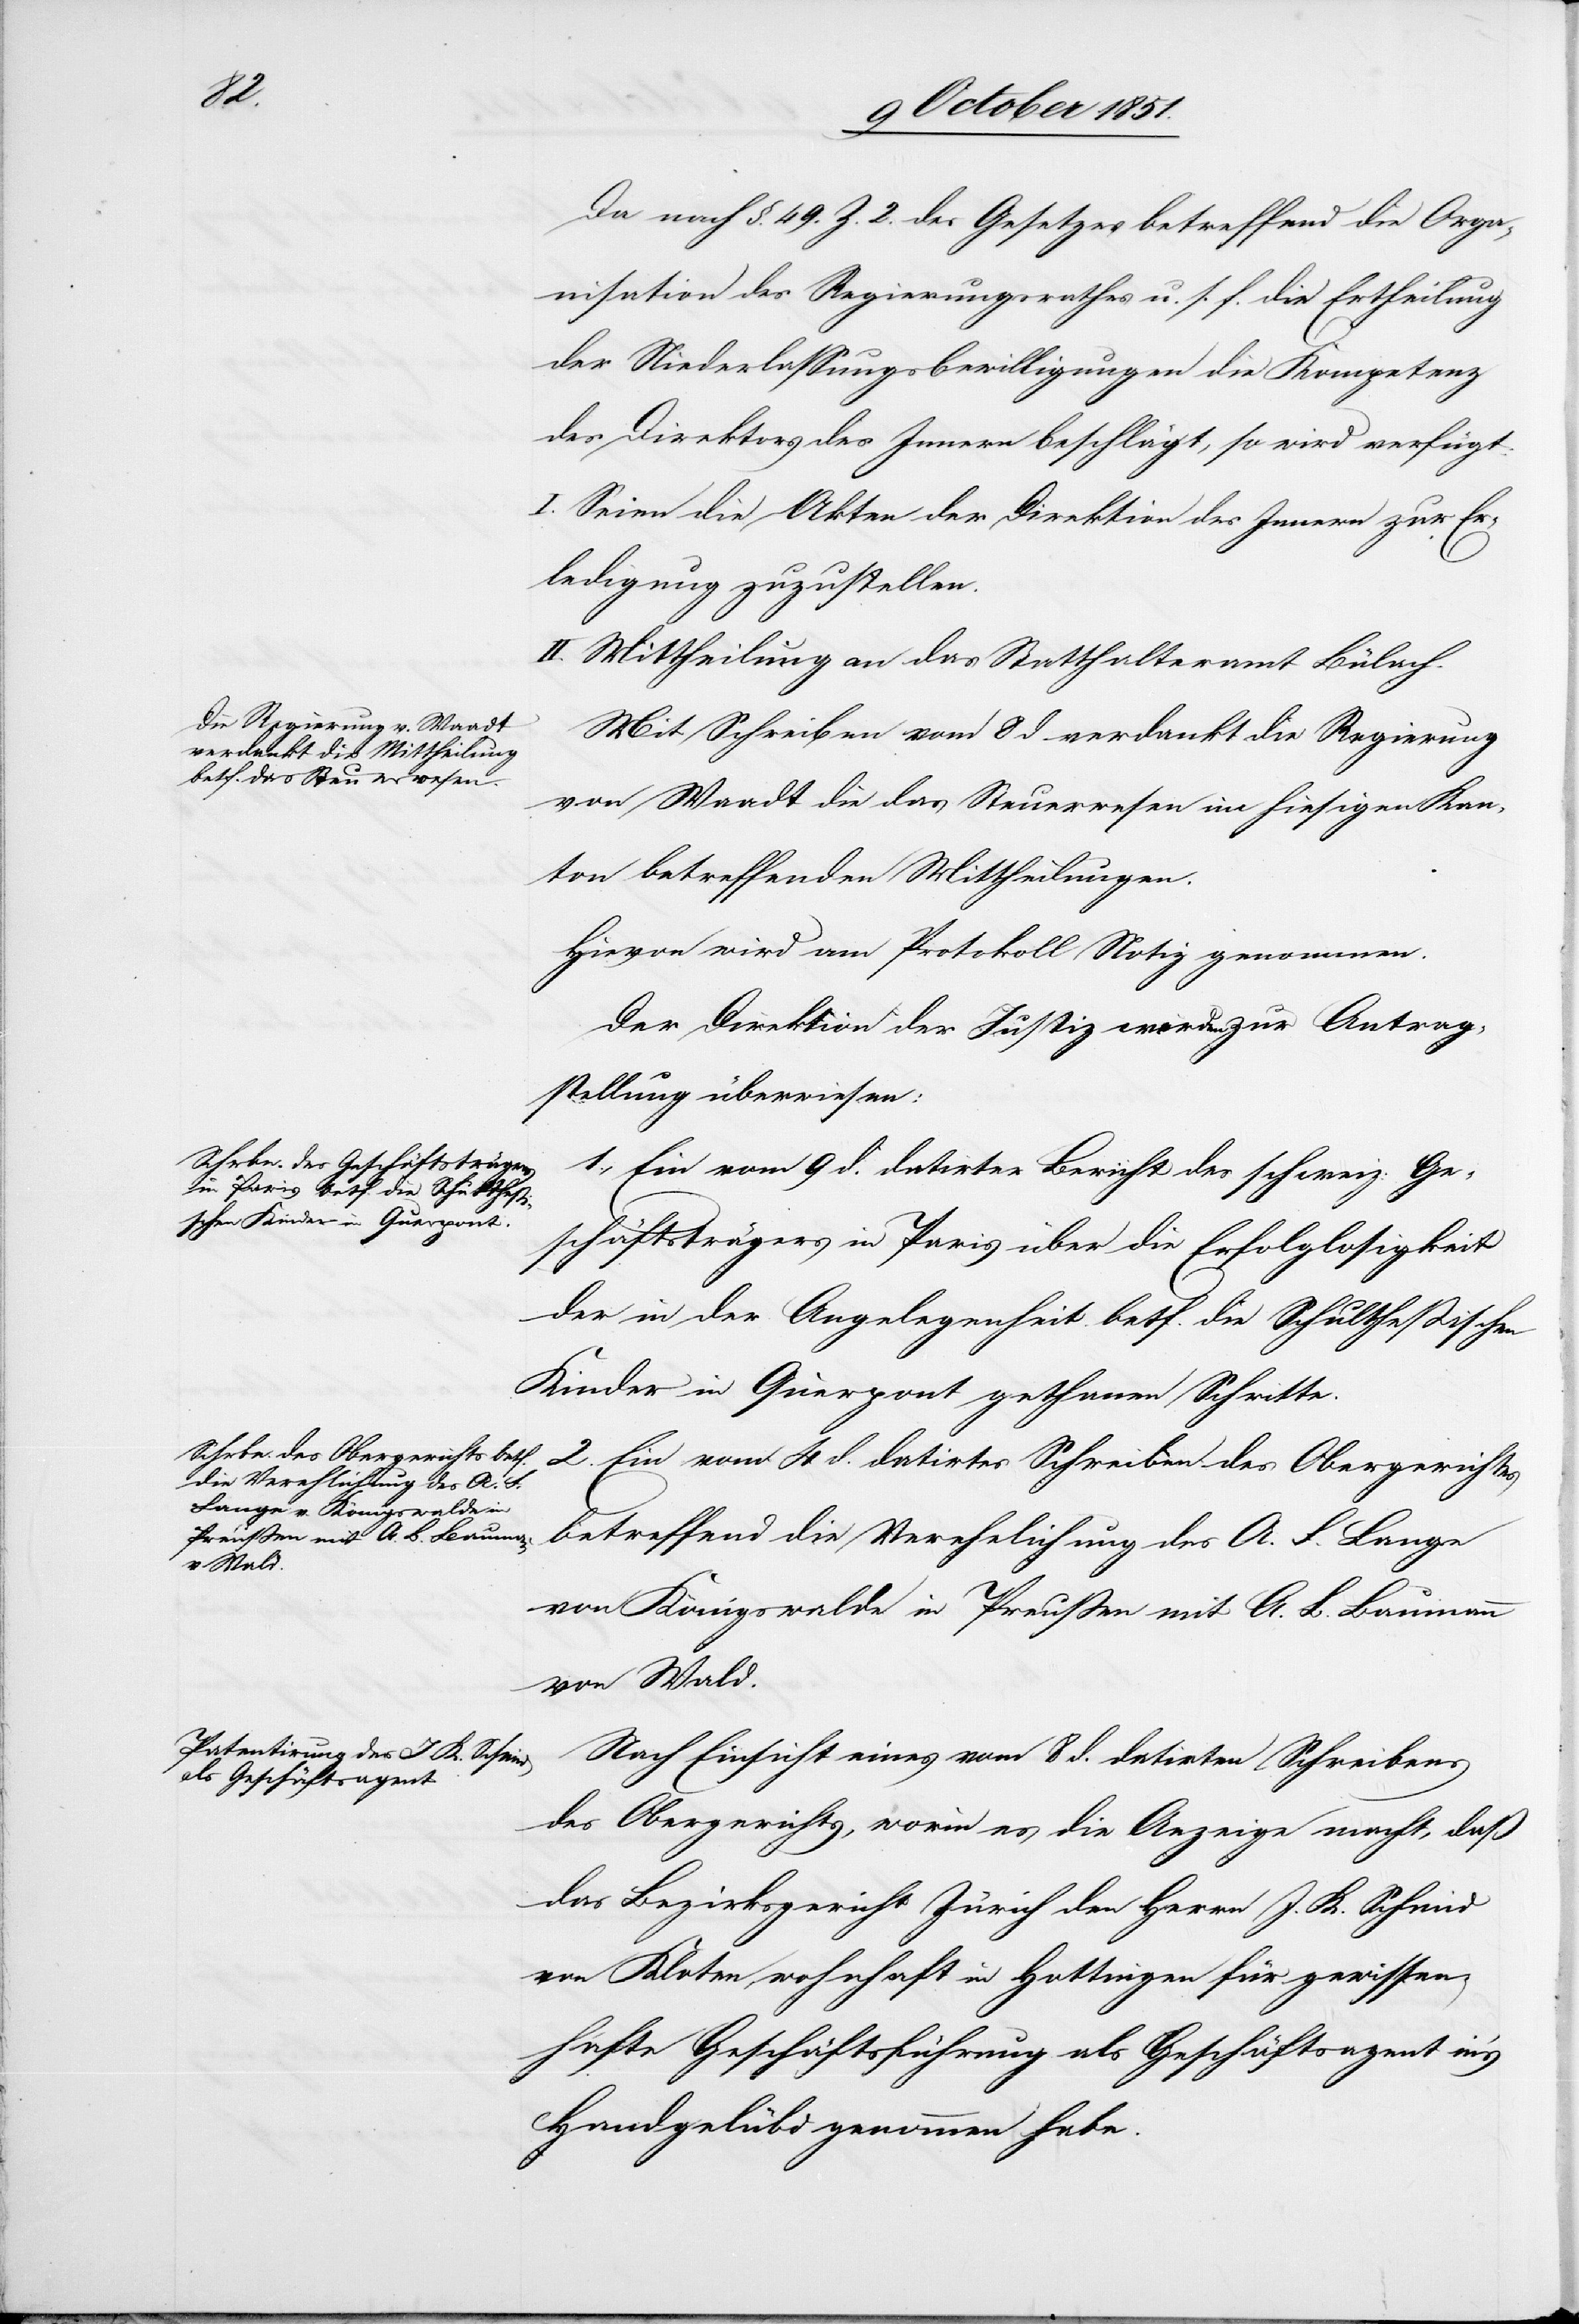
den
11. October 1851.]
Da nach §. 49. Z. 2. des Gesetzes betreffend die Orga¬
nisation des Regierungsrathes u. s. f. die Ertheilung
der Niederlassungsbewilligungen die Kompetenz
des Direktors des Innern beschlägt, so wird verfügt:
I. Seien die Akten der Direktion des Innern zur Er¬
ledigung zuzustellen.
II. Mittheilung an das Statthalteramt Bülach.
Mit Schreiben vom 8 d verdankt die Regierung
von Waadt die das Steuerwesen im hiesigen Kan¬
ton betreffenden Mittheilungen.
Hievon wird am Protokoll Notiz genommen.
Der Direktion der Justiz werden zur Antrag¬
stellung überwiesen:
1., Ein vom 9 d. datirter Bericht des schweiz: Ge¬
schäftsträgers in Paris über die Erfolglosigkeit
der in der Angelegenheit betf. die Schultheßischen
Kinder in Querpont gethanen Schritte.
2. Ein vom 4 d. datirtes Schreiben des Obergerichtes
betreffend die Verehelichung des A. F. Lange
von Königswalde in Preußen mit A. B. Baumann
von Wald.
Nach Einsicht eines vom 8 d. datirten Schreibens
des Obergerichts, worin es die Anzeige macht, daß
das Bezirksgericht Zürich den Herrn J. K. Schmid
von Kloten wohnhaft in Hottingen für gewissen¬
hafte Geschäftsführung als Geschäftsagent in’s
Handgelübd genommen habe.